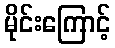
မိုင်းကြောင့်